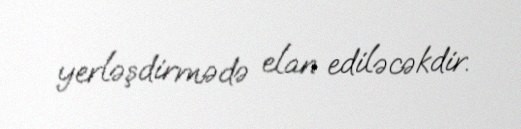
yerləşdirmədə elan ediləcəkdir.